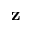
\mathbf { z }